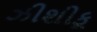
ઝીશીકૂ